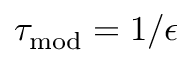
\tau _ { \mathrm { m o d } } = 1 / \epsilon